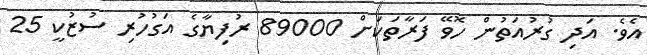
އެވެ. އަދި ގުރުއަތުން ހޮވޭ ފަރާތަކަށް 89000 ރުފިޔާގެ އަގުހުރި ސުޒުކީ 25